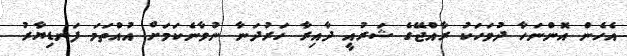
އެހެން އޮންނަހާ ދުވަހަކު ރާއްޖޭގެ ޝަރުއީ ދާއިރާ ހަރުދަނާ ނުވާނެކަމަށް އުއްތަމަ ފަނޑިޔާރު